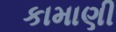
કામાણી